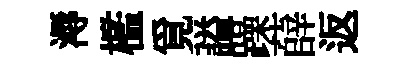
溽檻覓謚躁薛返